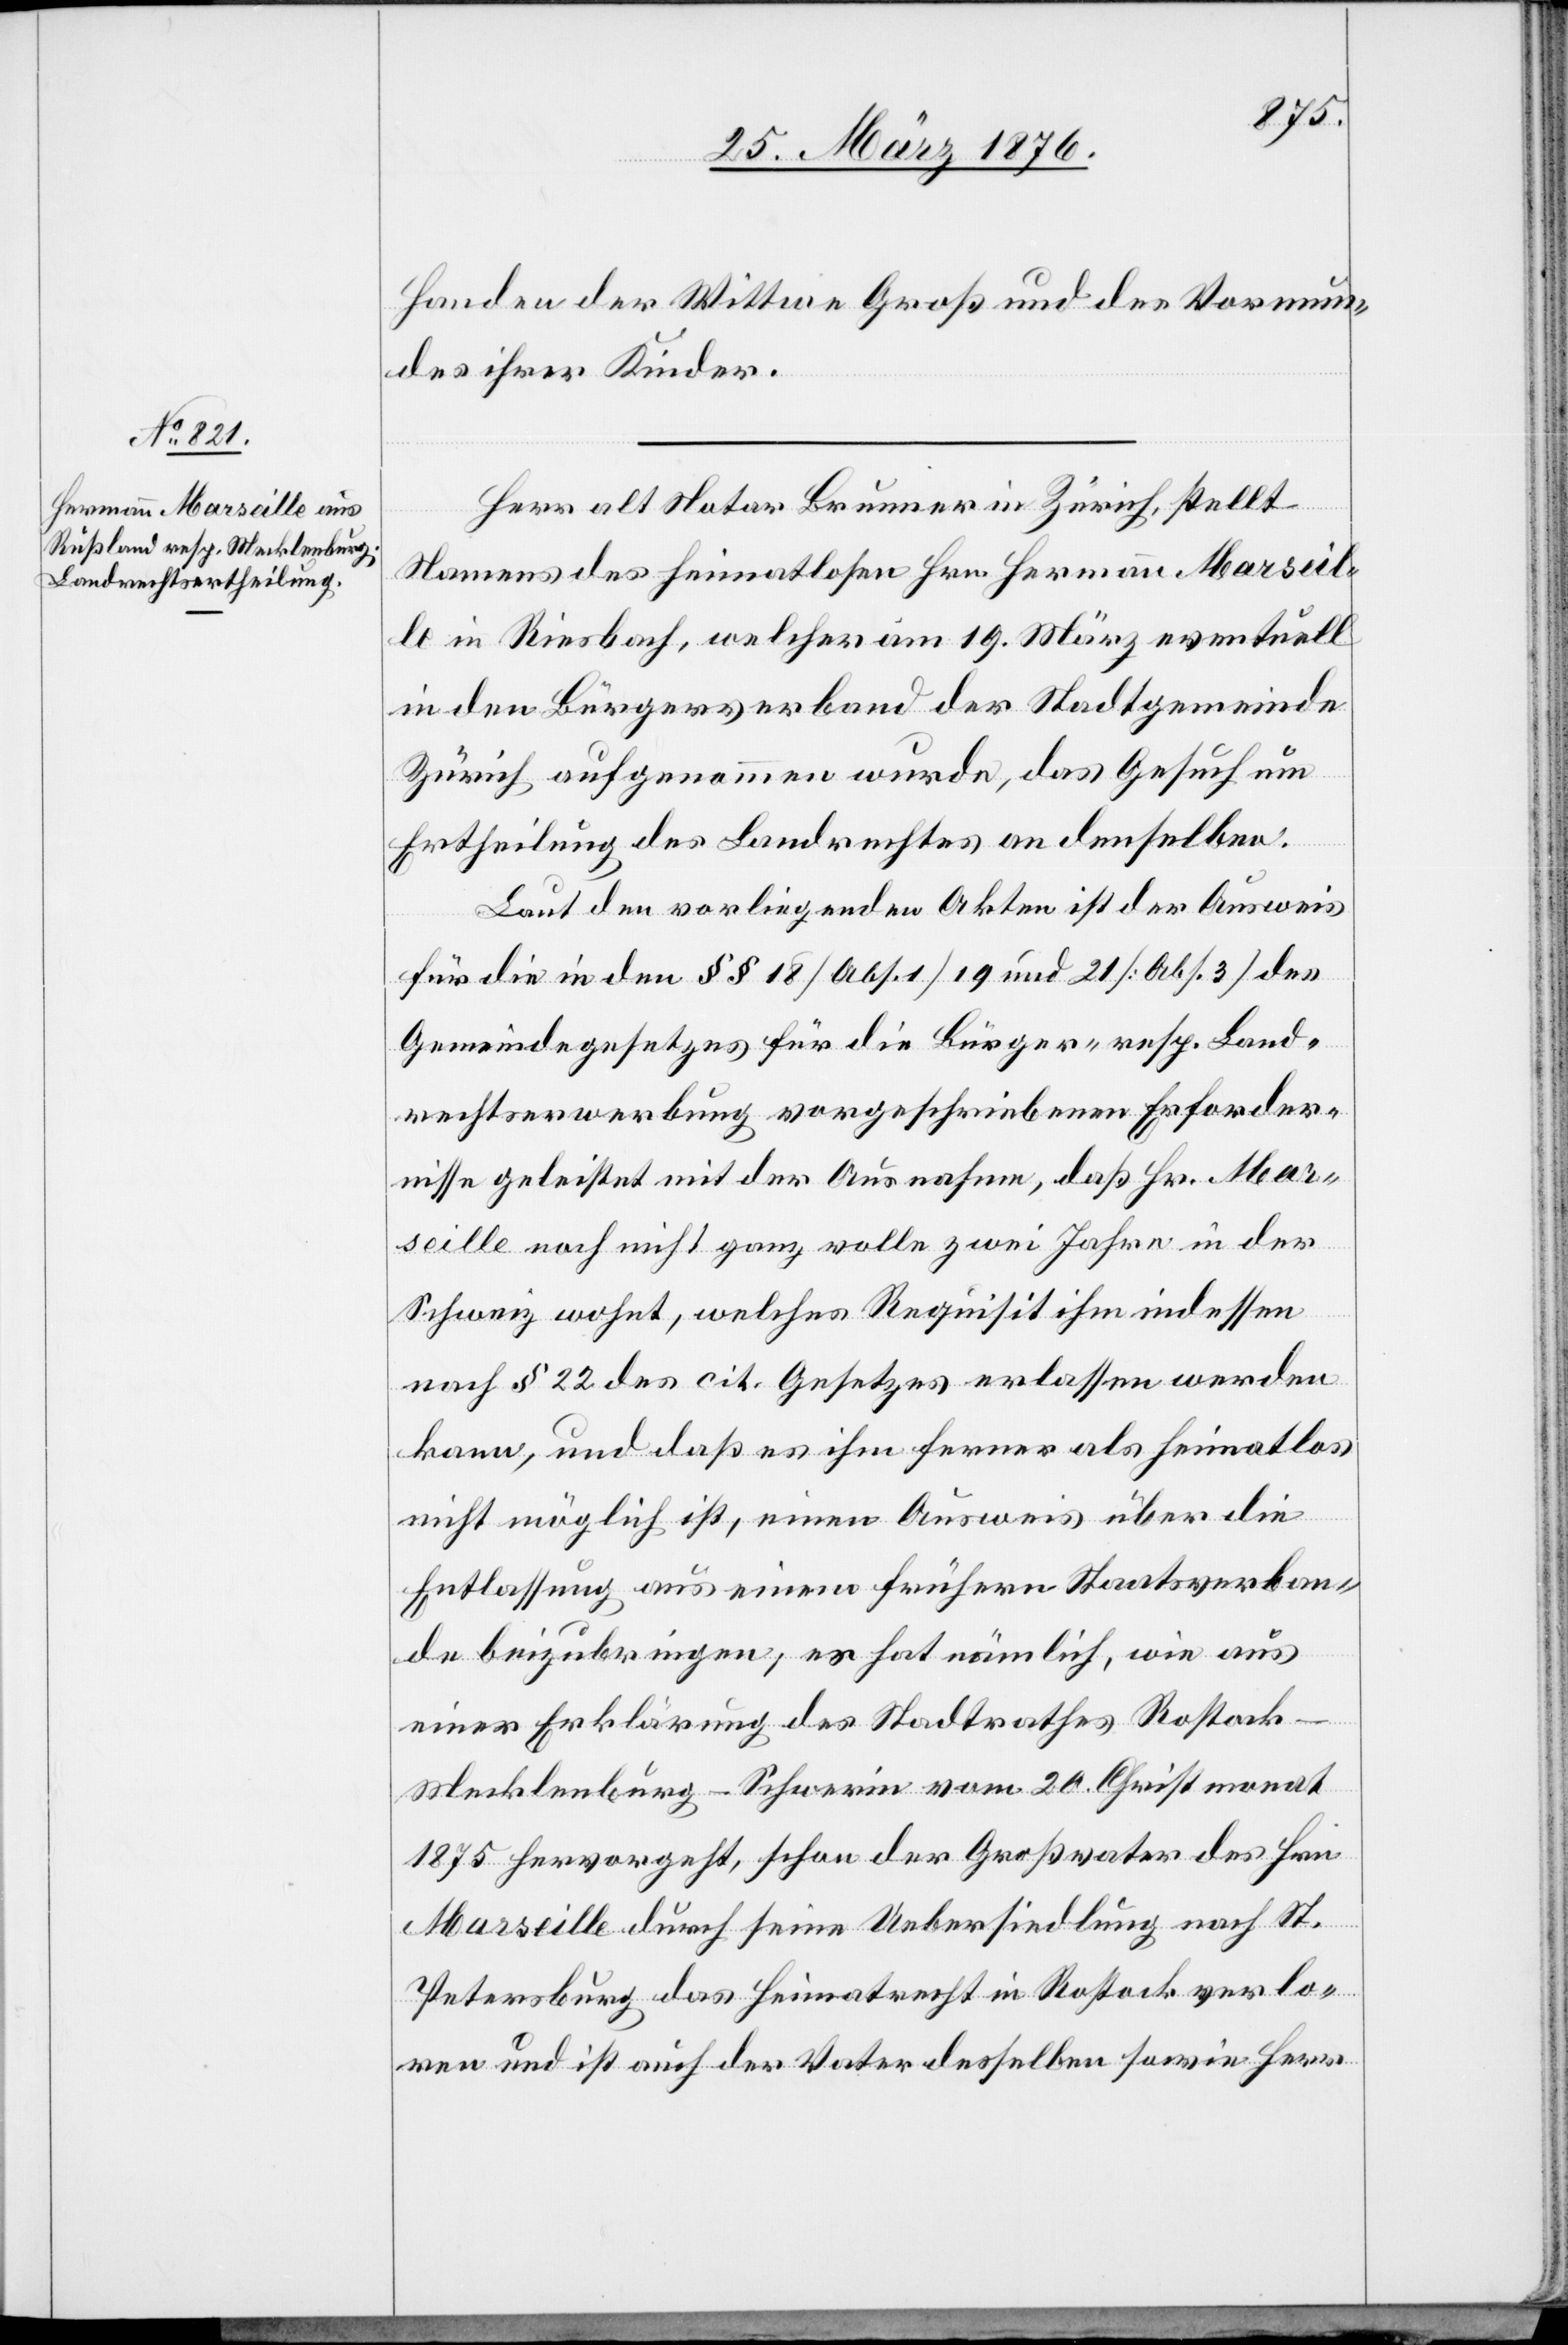
Handen der Wittwe Groß und des Vormun¬
des ihrer Kinder.